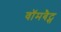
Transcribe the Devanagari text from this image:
वॉमबैट्स